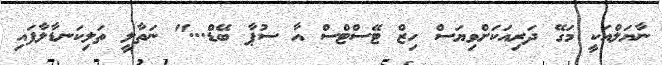
ނާޔަލްއަކީ މަގޭ ދަރިއަކަށްވިޔަސް ހިޒް ޓޭސްޓްސް އާ ސުޕާ ބޭޑް..." ނަތާލީ ތަލިކަނޑާލާފައި